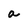
Character: a